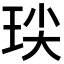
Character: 𭹈